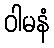
ဝါမနံ